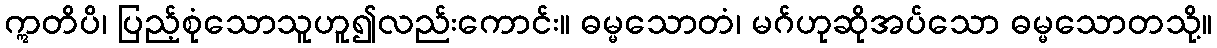
ဣတိပိ၊ ပြည့်စုံသောသူဟူ၍လည်းကောင်း။ ဓမ္မသောတံ၊ မဂ်ဟုဆိုအပ်သော ဓမ္မသောတသို့။